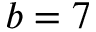
b = 7